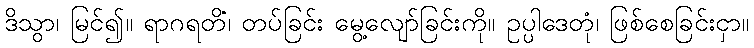
ဒိသွာ၊ မြင်၍။ ရာဂရတိံ၊ တပ်ခြင်း မွေ့လျော်ခြင်းကို။ ဥပ္ပါဒေတုံ၊ ဖြစ်စေခြင်းငှာ။